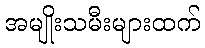
အမျိုးသမီးများထက်